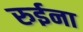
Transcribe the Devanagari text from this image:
रुईना